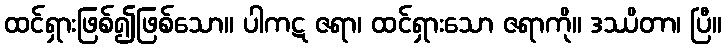
ထင်ရှားဖြစ်၍ဖြစ်သော။ ပါကဋ ဇရာ၊ ထင်ရှားသော ဇရာကို။ ဒဿိတာ၊ ပြီ။